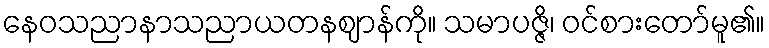
နေဝသညာနာသညာယတနဈာန်ကို။ သမာပဇ္ဇိ၊ ဝင်စားတော်မူ၏။